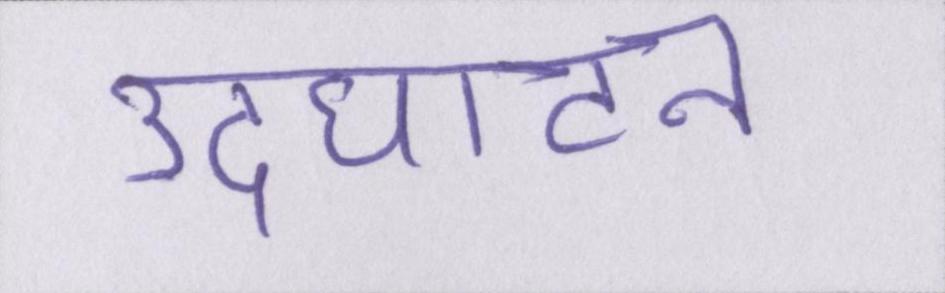
उदघाटन